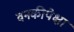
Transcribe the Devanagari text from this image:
वनकीपेक्षा